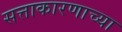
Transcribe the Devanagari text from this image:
सत्ताकारणाच्या